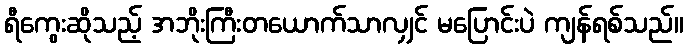
ရီကွေးဆိုသည့် အဘိုးကြီးတယောက်သာလျှင် မပြောင်းပဲ ကျန်ရစ်သည်။